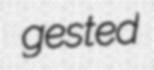
gested